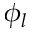
\phi _ { l }